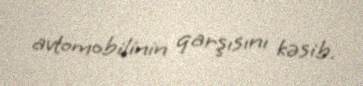
avtomobilinin qarşısını kəsib.